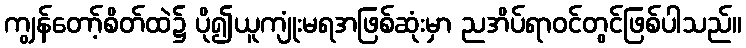
ကျွန်တော့်စိတ်ထဲ၌ ပို၍ယူကျုံးမရအဖြစ်ဆုံးမှာ ညအိပ်ရာဝင်တွင်ဖြစ်ပါသည်။